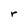
Character: r